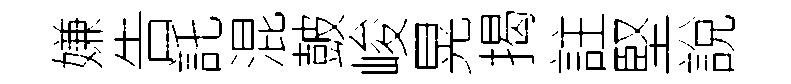
嫌告託混皷峻晃揭註堅說